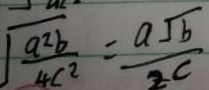
\sqrt { \frac { a ^ { 2 } b } { 4 c ^ { 2 } } } = \frac { a \sqrt { b } } { z c }